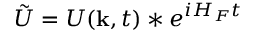
\tilde { U } = U ( { \bf k } , t ) * e ^ { i H _ { F } t }